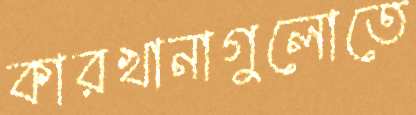
কারখানাগুলোতে